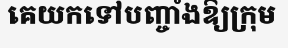
គេយកទៅបញ្ចាំងឱ្យក្រុម